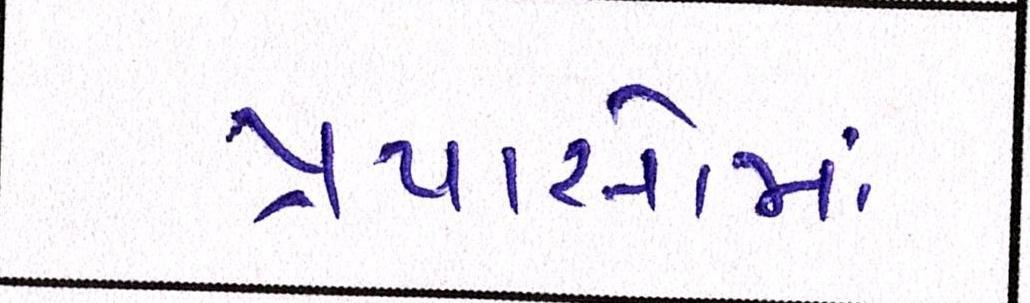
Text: પ્રયાસોમાં